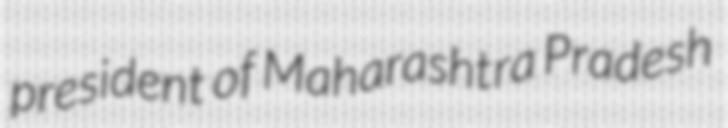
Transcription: president of Maharashtra Pradesh